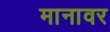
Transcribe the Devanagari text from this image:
मानावर